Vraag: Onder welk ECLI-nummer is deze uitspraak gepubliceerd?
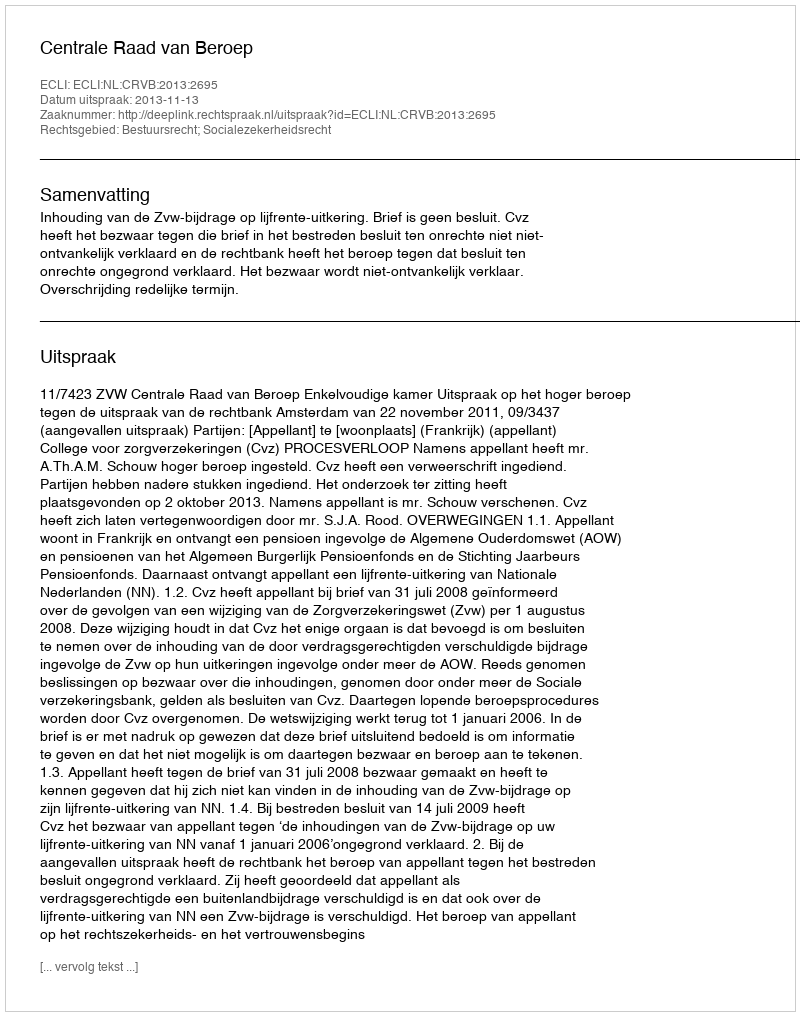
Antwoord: ECLI:NL:CRVB:2013:2695